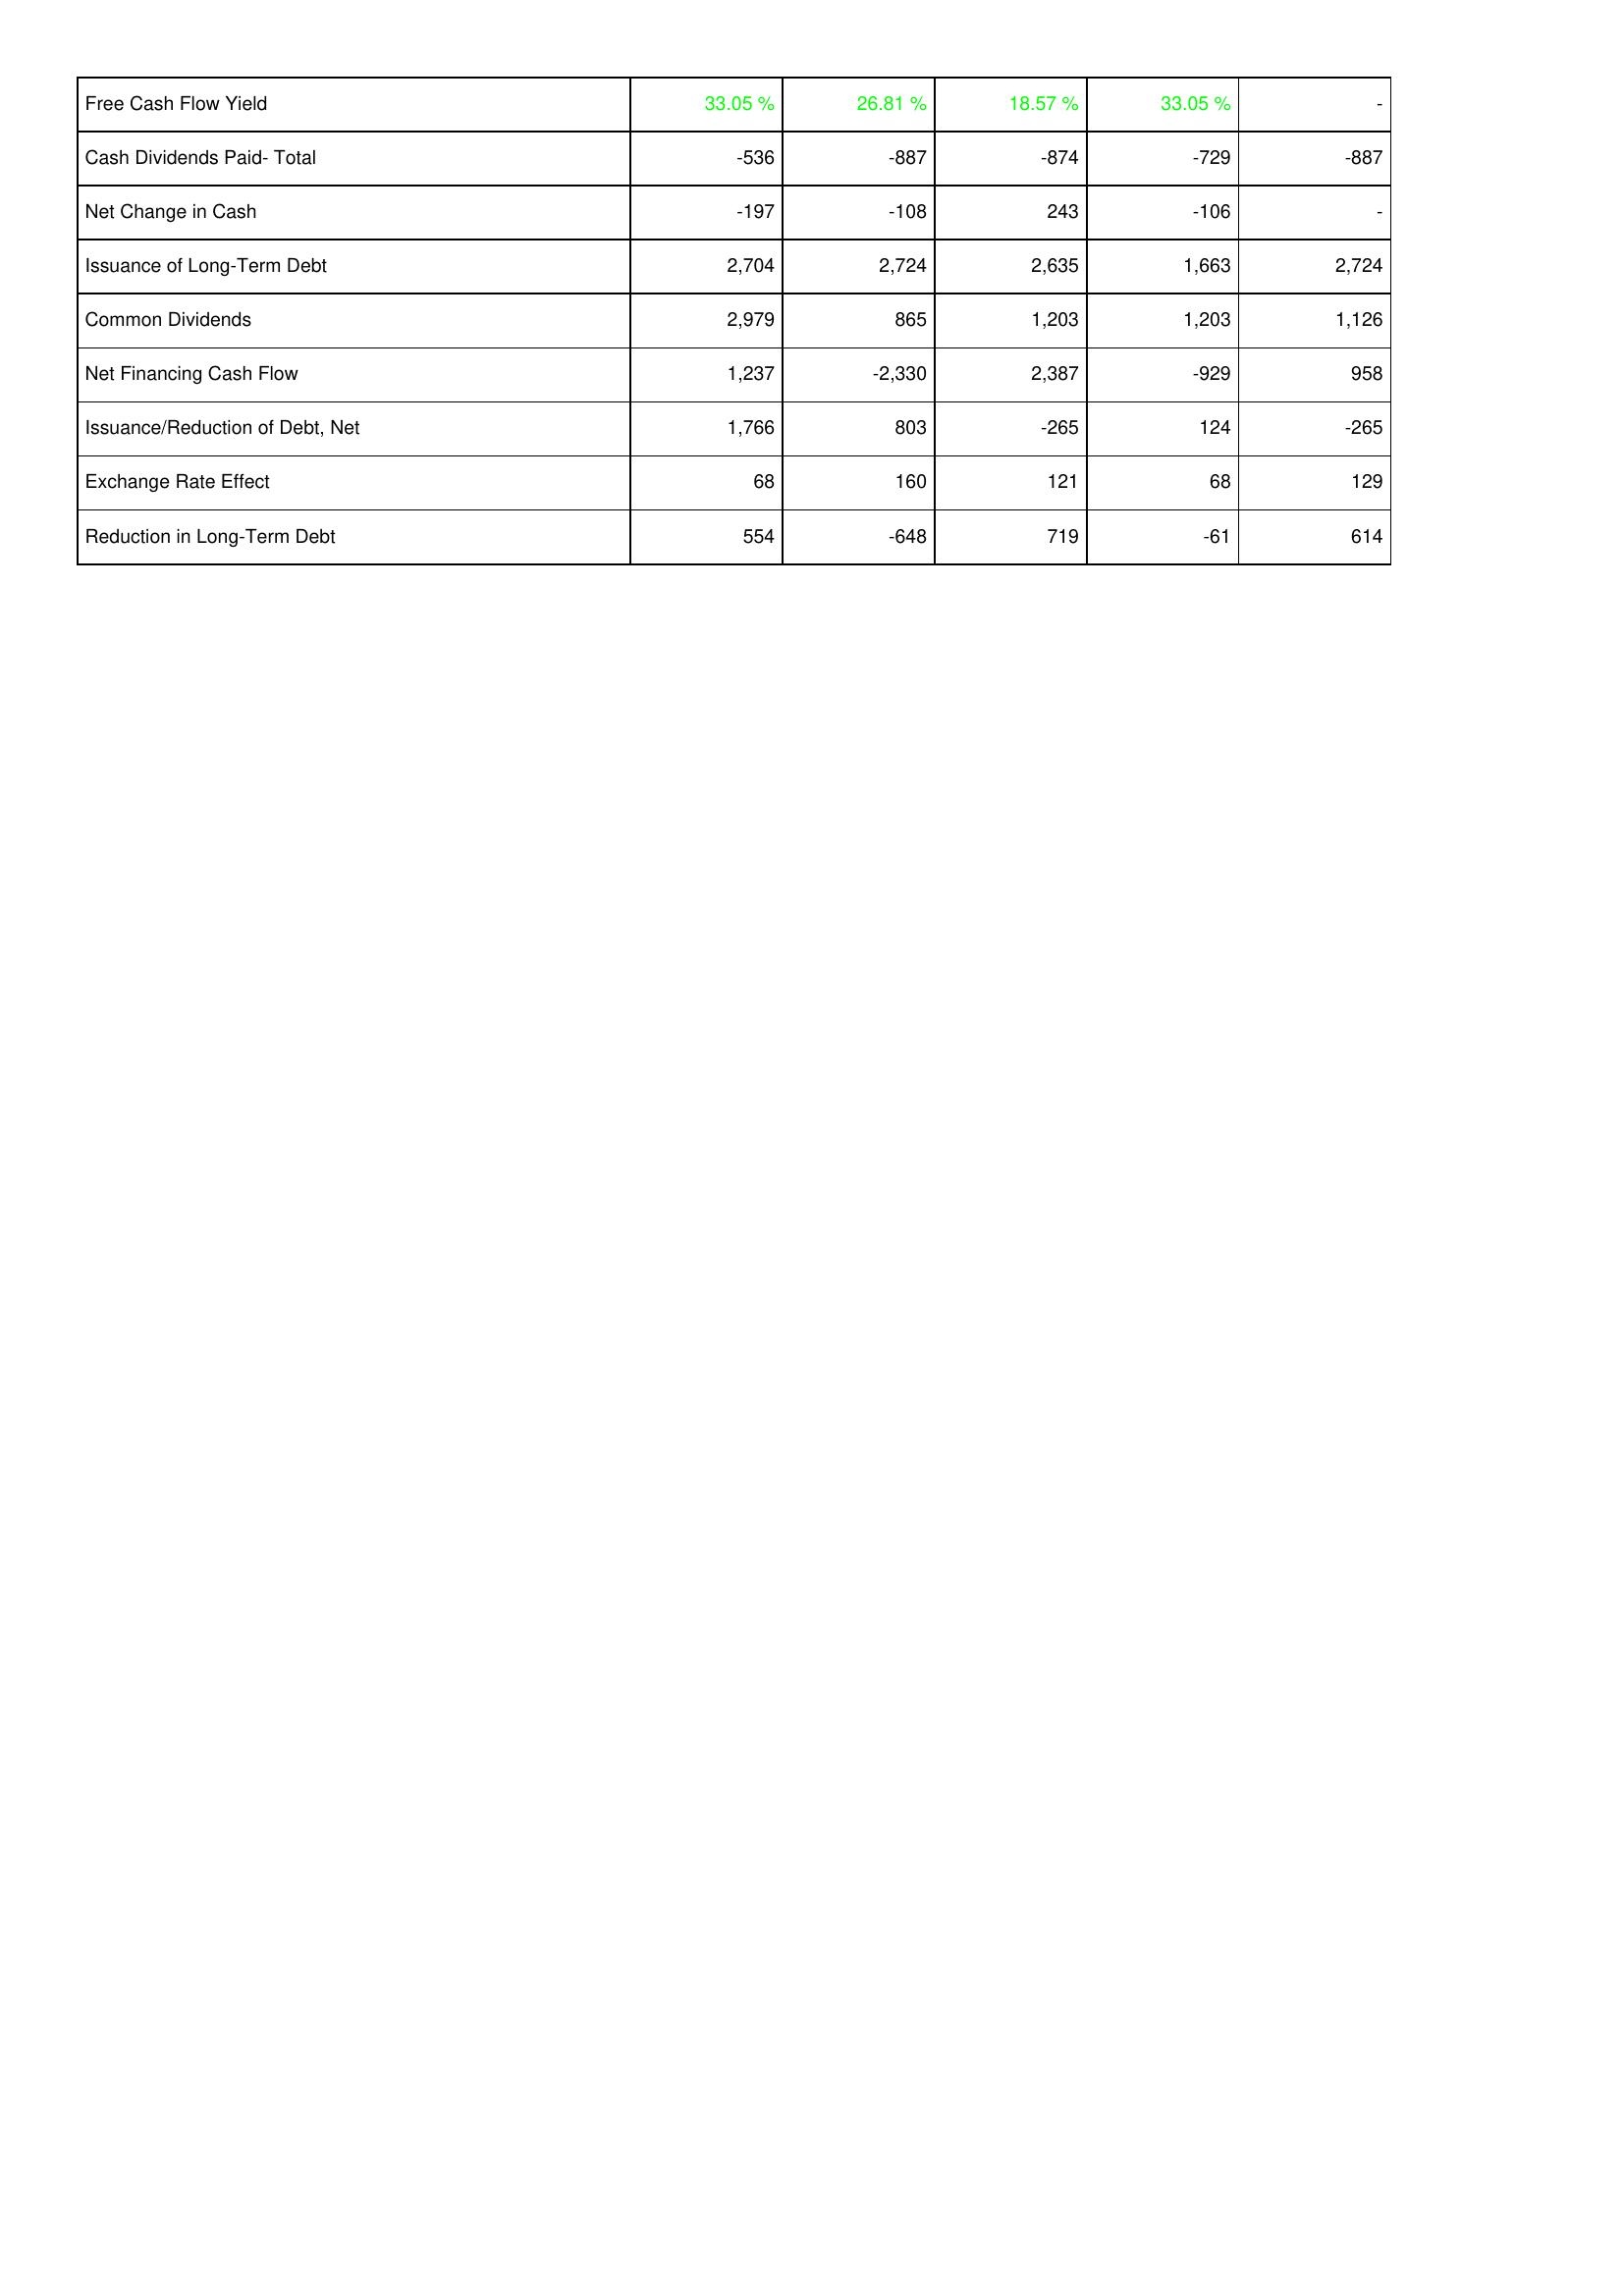
2014: Financing Activities: Free Cash Flow Yield: 33.05 %
Cash Dividends Paid- Total: -536
Net Change in Cash: -197
Issuance of Long-Term Debt: 2,704
Common Dividends: 2,979
Net Financing Cash Flow: 1,237
Issuance/Reduction of Debt, Net: 1,766
Exchange Rate Effect: 68
Reduction in Long-Term Debt: 554
2013: Financing Activities: Free Cash Flow Yield: 26.81 %
Cash Dividends Paid- Total: -887
Net Change in Cash: -108
Issuance of Long-Term Debt: 2,724
Common Dividends: 865
Net Financing Cash Flow: -2,330
Issuance/Reduction of Debt, Net: 803
Exchange Rate Effect: 160
Reduction in Long-Term Debt: -648
2012: Financing Activities: Free Cash Flow Yield: 18.57 %
Cash Dividends Paid- Total: -874
Net Change in Cash: 243
Issuance of Long-Term Debt: 2,635
Common Dividends: 1,203
Net Financing Cash Flow: 2,387
Issuance/Reduction of Debt, Net: -265
Exchange Rate Effect: 121
Reduction in Long-Term Debt: 719
2011: Financing Activities: Free Cash Flow Yield: 33.05 %
Cash Dividends Paid- Total: -729
Net Change in Cash: -106
Issuance of Long-Term Debt: 1,663
Common Dividends: 1,203
Net Financing Cash Flow: -929
Issuance/Reduction of Debt, Net: 124
Exchange Rate Effect: 68
Reduction in Long-Term Debt: -61
2010: Financing Activities: Free Cash Flow Yield: -
Cash Dividends Paid- Total: -887
Net Change in Cash: -
Issuance of Long-Term Debt: 2,724
Common Dividends: 1,126
Net Financing Cash Flow: 958
Issuance/Reduction of Debt, Net: -265
Exchange Rate Effect: 129
Reduction in Long-Term Debt: 614